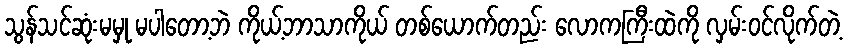
သွန်သင်ဆုံးမမှု မပါတော့ဘဲ ကိုယ့်ဘာသာကိုယ် တစ်ယောက်တည်း လောကကြီးထဲကို လှမ်းဝင်လိုက်တဲ့